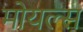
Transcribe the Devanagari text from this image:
मोयल्स